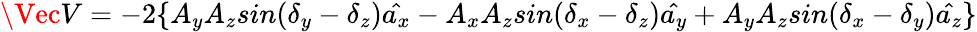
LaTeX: \Vec{V}=-2\{ A_{y}A_{z}sin(\delta_{y}-\delta_{z})\hat{a_{x}}-A_{x}A_{z}sin(\delta_{x}-\delta_{z})\hat{a_{y}}+A_{y}A_{z}sin(\delta_{x}-\delta_{y})\hat{a_{z}}\}